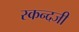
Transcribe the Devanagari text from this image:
स्कन्दजी